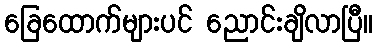
ခြေထောက်များပင် ညောင်းချိလာပြီ။